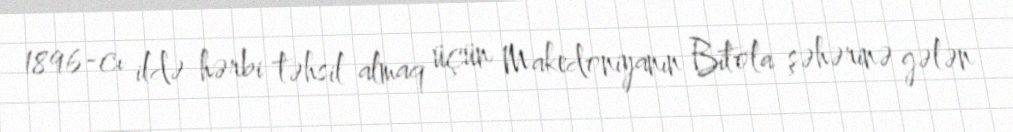
1896-cı ildə hərbi təhsil almaq üçün Makedoniyanın Bitola şəhərinə gələn